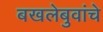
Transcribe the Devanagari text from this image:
बखलेबुवांचे